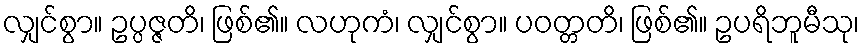
လျှင်စွာ။ ဥပ္ပဇ္ဇတိ၊ ဖြစ်၏။ လဟုကံ၊ လျှင်စွာ။ ပဝတ္တတိ၊ ဖြစ်၏။ ဥပရိဘူမီသု၊